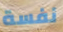
نفسة